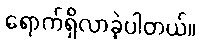
ရောက်ရှိလာခဲ့ပါတယ်။